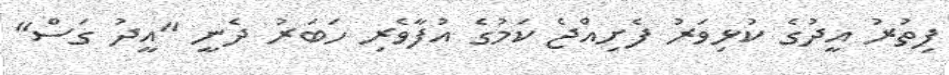
ފިތުރު އީދުގެ ކުޅިވަރު ފެށިއްޖެ ކަމުގެ އުފާވެރި ހަބަރު ދެނީ "އީދު ގަސް"